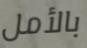
بالأمل